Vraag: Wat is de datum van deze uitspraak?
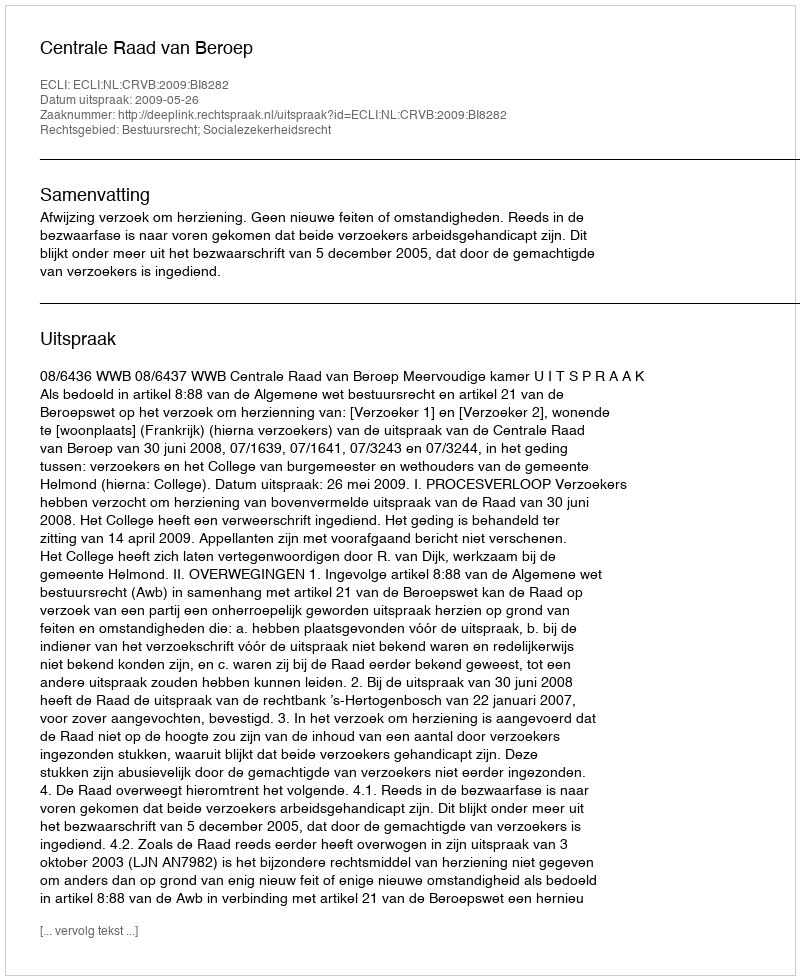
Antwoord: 2009-05-26